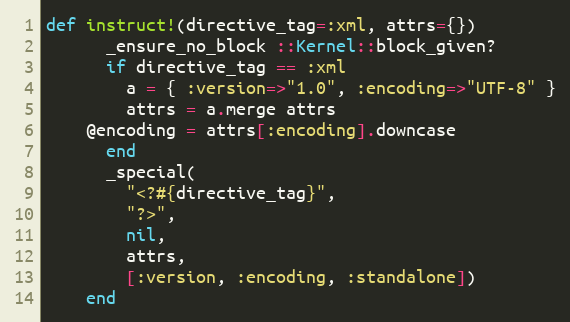
Language: Ruby
def instruct!(directive_tag=:xml, attrs={})
      _ensure_no_block ::Kernel::block_given?
      if directive_tag == :xml
        a = { :version=>"1.0", :encoding=>"UTF-8" }
        attrs = a.merge attrs
	@encoding = attrs[:encoding].downcase
      end
      _special(
        "<?#{directive_tag}",
        "?>",
        nil,
        attrs,
        [:version, :encoding, :standalone])
    end